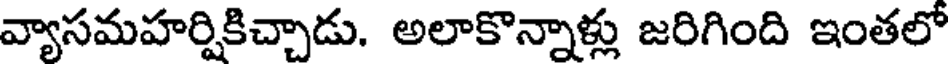
వ్యాసమహర్షికిచ్చాడు. అలాకొన్నాళ్లు జరిగింది ఇంతలో